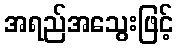
အရည်အသွေးဖြင့်